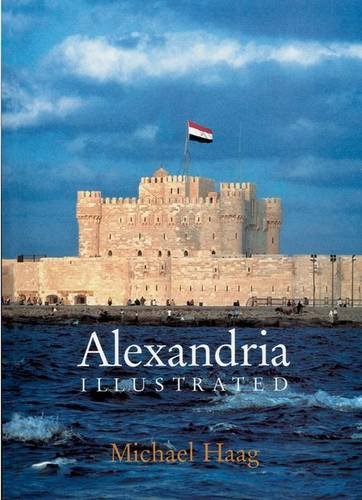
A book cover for Alexandria Illustrated; Michael Haag; Travel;